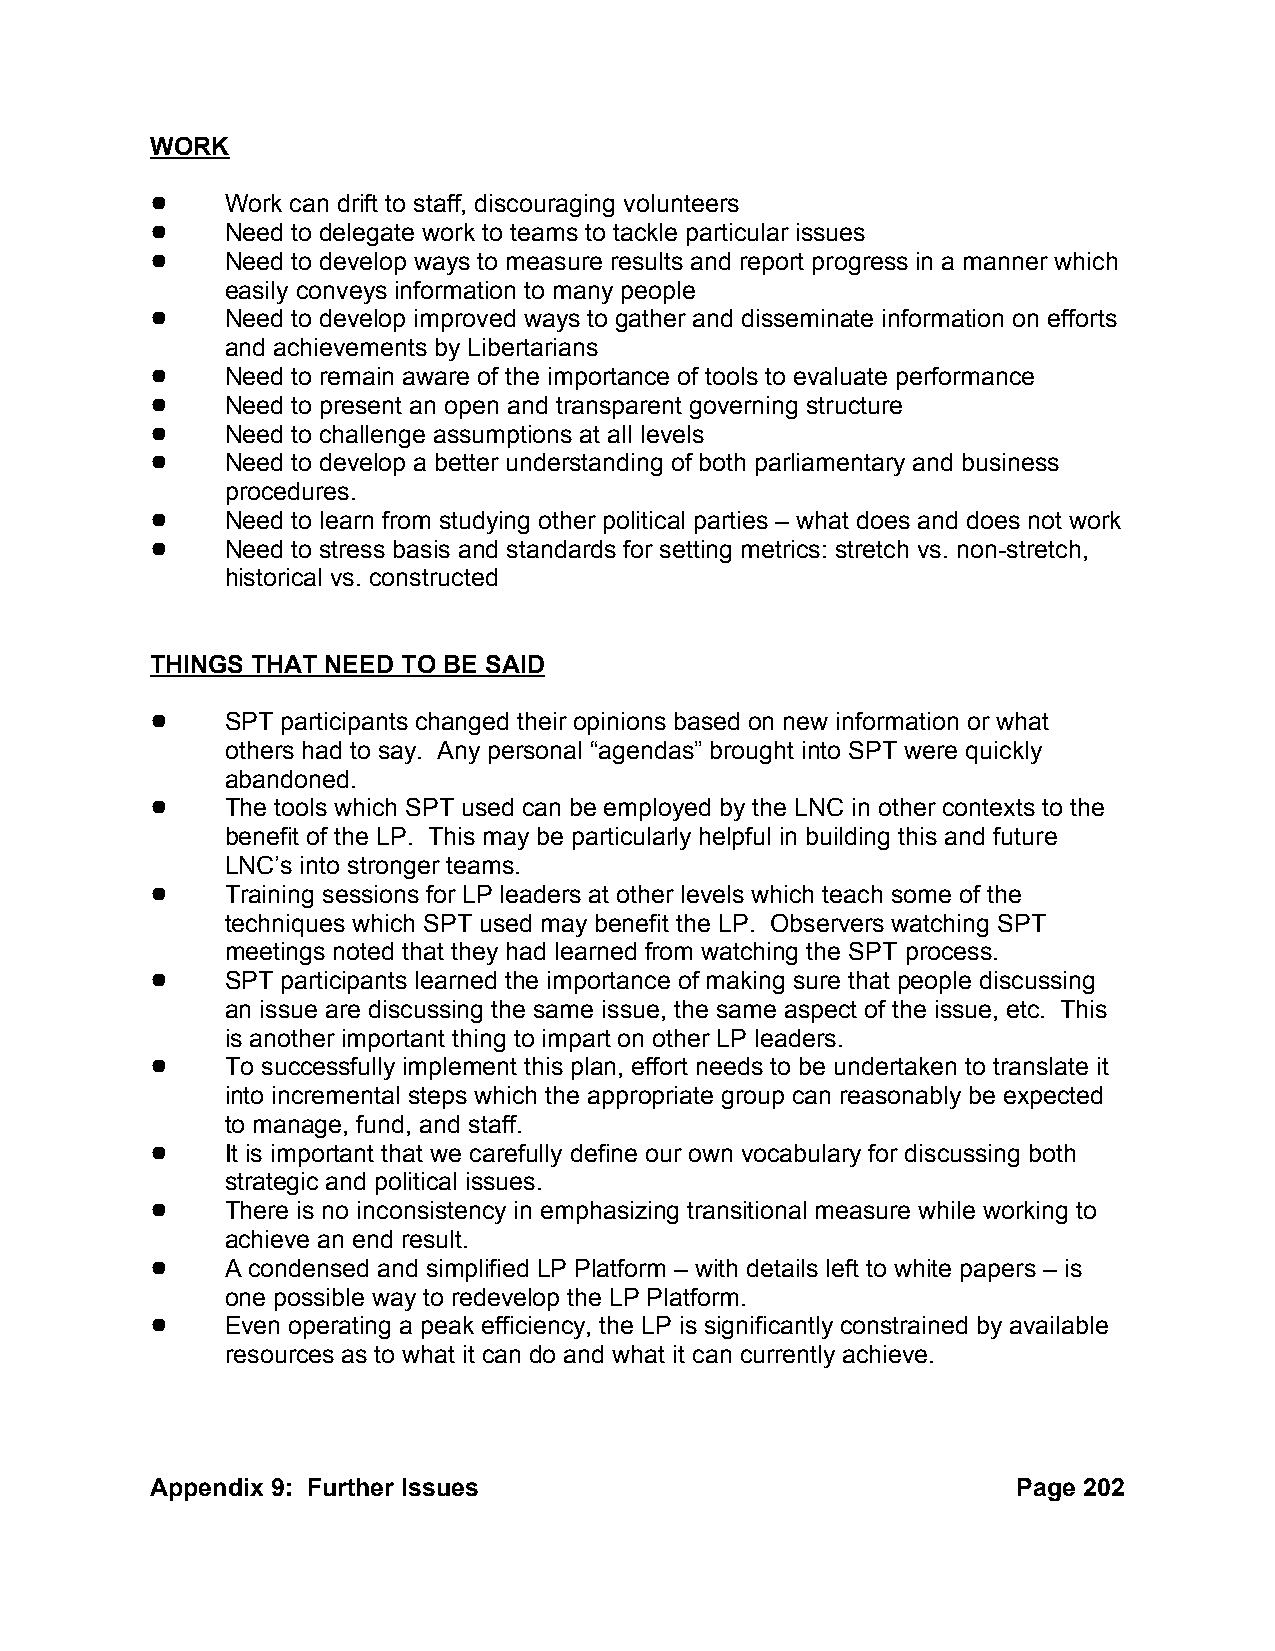
WORK
 !    Work can drift to staff, discouraging volunteers
 !    Need to delegate work to teams to tackle particular issues
 !    Need to develop ways to measure results and report progress in a manner which
 easily conveys information to many people
 !    Need to develop improved ways to gather and disseminate information on efforts
 and achievements by Libertarians
 !    Need to remain aware of the importance of tools to evaluate performance
 !    Need to present an open and transparent governing structure
 !    Need to challenge assumptions at all levels
 !    Need to develop a better understanding of both parliamentary and business
 procedures.
 !    Need to learn from studying other political parties – what does and does not work
 !    Need to stress basis and standards for setting metrics: stretch vs. non-stretch,
 historical vs. constructed
 THINGS THAT NEED TO BE SAID
 !    SPT participants changed their opinions based on new information or what
 others had to say. Any personal “agendas” brought into SPT were quickly
 abandoned.
 !    The tools which SPT used can be employed by the LNC in other contexts to the
 benefit of the LP. This may be particularly helpful in building this and future
 LNC’s into stronger teams.
 !    Training sessions for LP leaders at other levels which teach some of the
 techniques which SPT used may benefit the LP. Observers watching SPT
 meetings noted that they had learned from watching the SPT process.
 !    SPT participants learned the importance of making sure that people discussing
 an issue are discussing the same issue, the same aspect of the issue, etc. This
 is another important thing to impart on other LP leaders.
 !    To successfully implement this plan, effort needs to be undertaken to translate it
 into incremental steps which the appropriate group can reasonably be expected
 to manage, fund, and staff.
 !    It is important that we carefully define our own vocabulary for discussing both
 strategic and political issues.
 !    There is no inconsistency in emphasizing transitional measure while working to
 achieve an end result.
 !    A condensed and simplified LP Platform – with details left to white papers – is
 one possible way to redevelop the LP Platform.
 !    Even operating a peak efficiency, the LP is significantly constrained by available
 resources as to what it can do and what it can currently achieve.
 Appendix 9: Further Issues                               Page 202